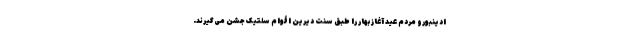
ادینبورو مردم عید آغاز بهار را طبق سنت دیرین اقوام سلتیک جشن می‌گیرند.